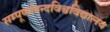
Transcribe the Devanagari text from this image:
सम्पूर्णानन्दविश्वविद्यालय